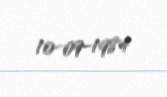
10-09-1984